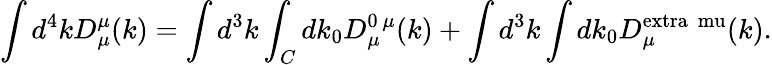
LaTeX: \int d^{4}kD_{\mu}^{\mu}(k)=\int d^{3}k\int_{C}dk_{0}D_{\mu}^{0\ \mu}(k)+\int d^{3}k\int dk_{0}D_{\mu}^{\mathrm{extra\ \ mu}}(k).